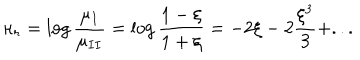
LaTeX: \kappa _ { r } = \log { \frac { \mu _ { I } } { \mu _ { I I } } } = \log { \frac { 1 - \xi } { 1 + \xi } } = - 2 \xi - 2 { \frac { \xi ^ { 3 } } { 3 } } + . . .